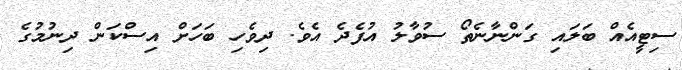
ސިޓީއެއް ބަލައި ގަންނާނެތޯ ސުވާލު އުފެދެ އެވެ. ދިވެހި ބަހަށް އިސްކަން ދިނުމުގެ